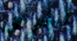
الجرحى